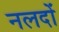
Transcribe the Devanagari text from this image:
नलदों